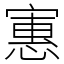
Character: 寭